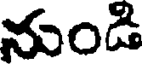
నుండి